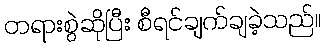
တရားစွဲဆိုပြီး စီရင်ချက်ချခဲ့သည်။